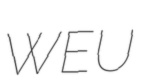
WEU